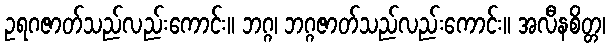
ဥရဂဇာတ်သည်လည်းကောင်း။ ဘဂ္ဂ၊ ဘဂ္ဂဇာတ်သည်လည်းကောင်း။ အလီနစိတ္တ၊